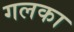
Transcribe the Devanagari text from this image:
गलका